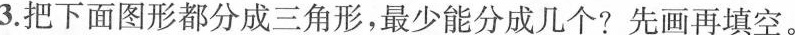
3.把下面图形都分成三角形，最少能分成几个?先画再填空。